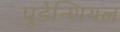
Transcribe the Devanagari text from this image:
पुडेन्शियल